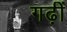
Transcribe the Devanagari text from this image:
गढ़ीं